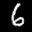
Label: 6